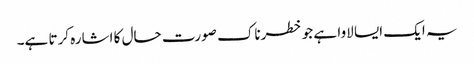
یہ ایک ایسا لاوا ہے جو خطرناک صورت حال کا اشارہ کرتا ہے۔